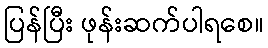
ပြန်ပြီး ဖုန်းဆက်ပါရစေ။